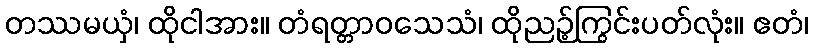
တဿမယှံ၊ ထိုငါအား။ တံရတ္တာဝသေသံ၊ ထိုညဉ့်ကြွင်းပတ်လုံး။ ဧတံ၊